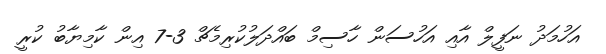
އަހުމަދު ނަފީލް އާއި އަހުސަން ހާސިމް ބައްދަލުކުރިމެޗް 3-7 އިން ކާމިޔާބު ކުރީ